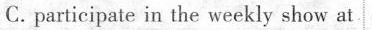
C. participate in the weekly show at